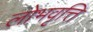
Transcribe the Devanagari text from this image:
लोभवृत्ति